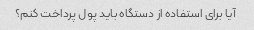
آیا برای استفاده از دستگاه باید پول پرداخت کنم؟